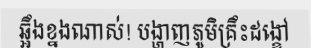
ឆ្អឹងខ្នងណាស់! បង្ហាញភូមិគ្រឹះដង្ខៅ